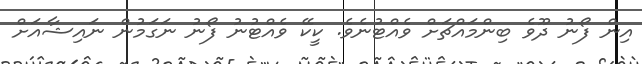
އިން ފޯނު ދޫވެ ބިންމައްޗަށް ވެއްޓުނެވެ. ކީކޭ ވެއްޓުނު ފޯނު ނަގަމުން ނައިޝާއަށް